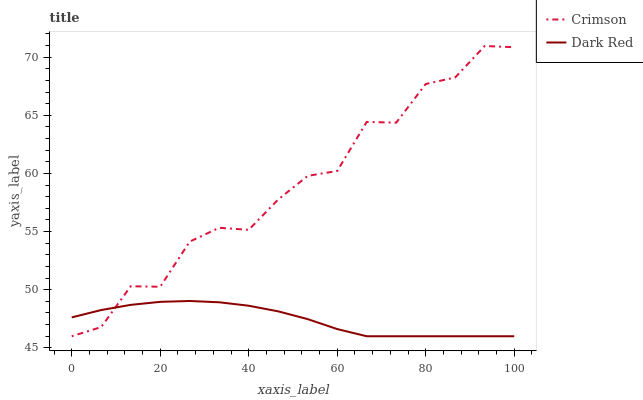
| xaxis_label | Crimson | Dark Red |
 | --- | --- | --- |
 | 0 | 46 | 47.6 |
 | 6.67 | 46.8 | 48.3 |
 | 13.3 | 50.3 | 48.7 |
 | 20 | 50.3 | 49 |
 | 26.7 | 54.1 | 49 |
 | 33.3 | 55.3 | 48.9 |
 | 40 | 55.2 | 48.6 |
 | 46.7 | 57.8 | 48.1 |
 | 53.3 | 59.8 | 47.5 |
 | 60 | 60.2 | 46.6 |
 | 66.7 | 64.4 | 46 |
 | 73.3 | 64.4 | 46 |
 | 80 | 67.7 | 46 |
 | 86.7 | 68.3 | 46 |
 | 93.3 | 71 | 46 |
 | 100 | 70.9 | 46 |